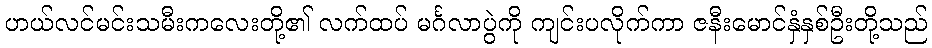
ဟယ်လင်မင်းသမီးကလေးတို့၏ လက်ထပ် မင်္ဂလာပွဲကို ကျင်းပလိုက်ကာ ဇနီးမောင်နှံနှစ်ဦးတို့သည်